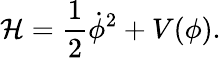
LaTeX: {\cal H}=\frac{1}{2}{\dot{\phi}}^{2}+V(\phi).